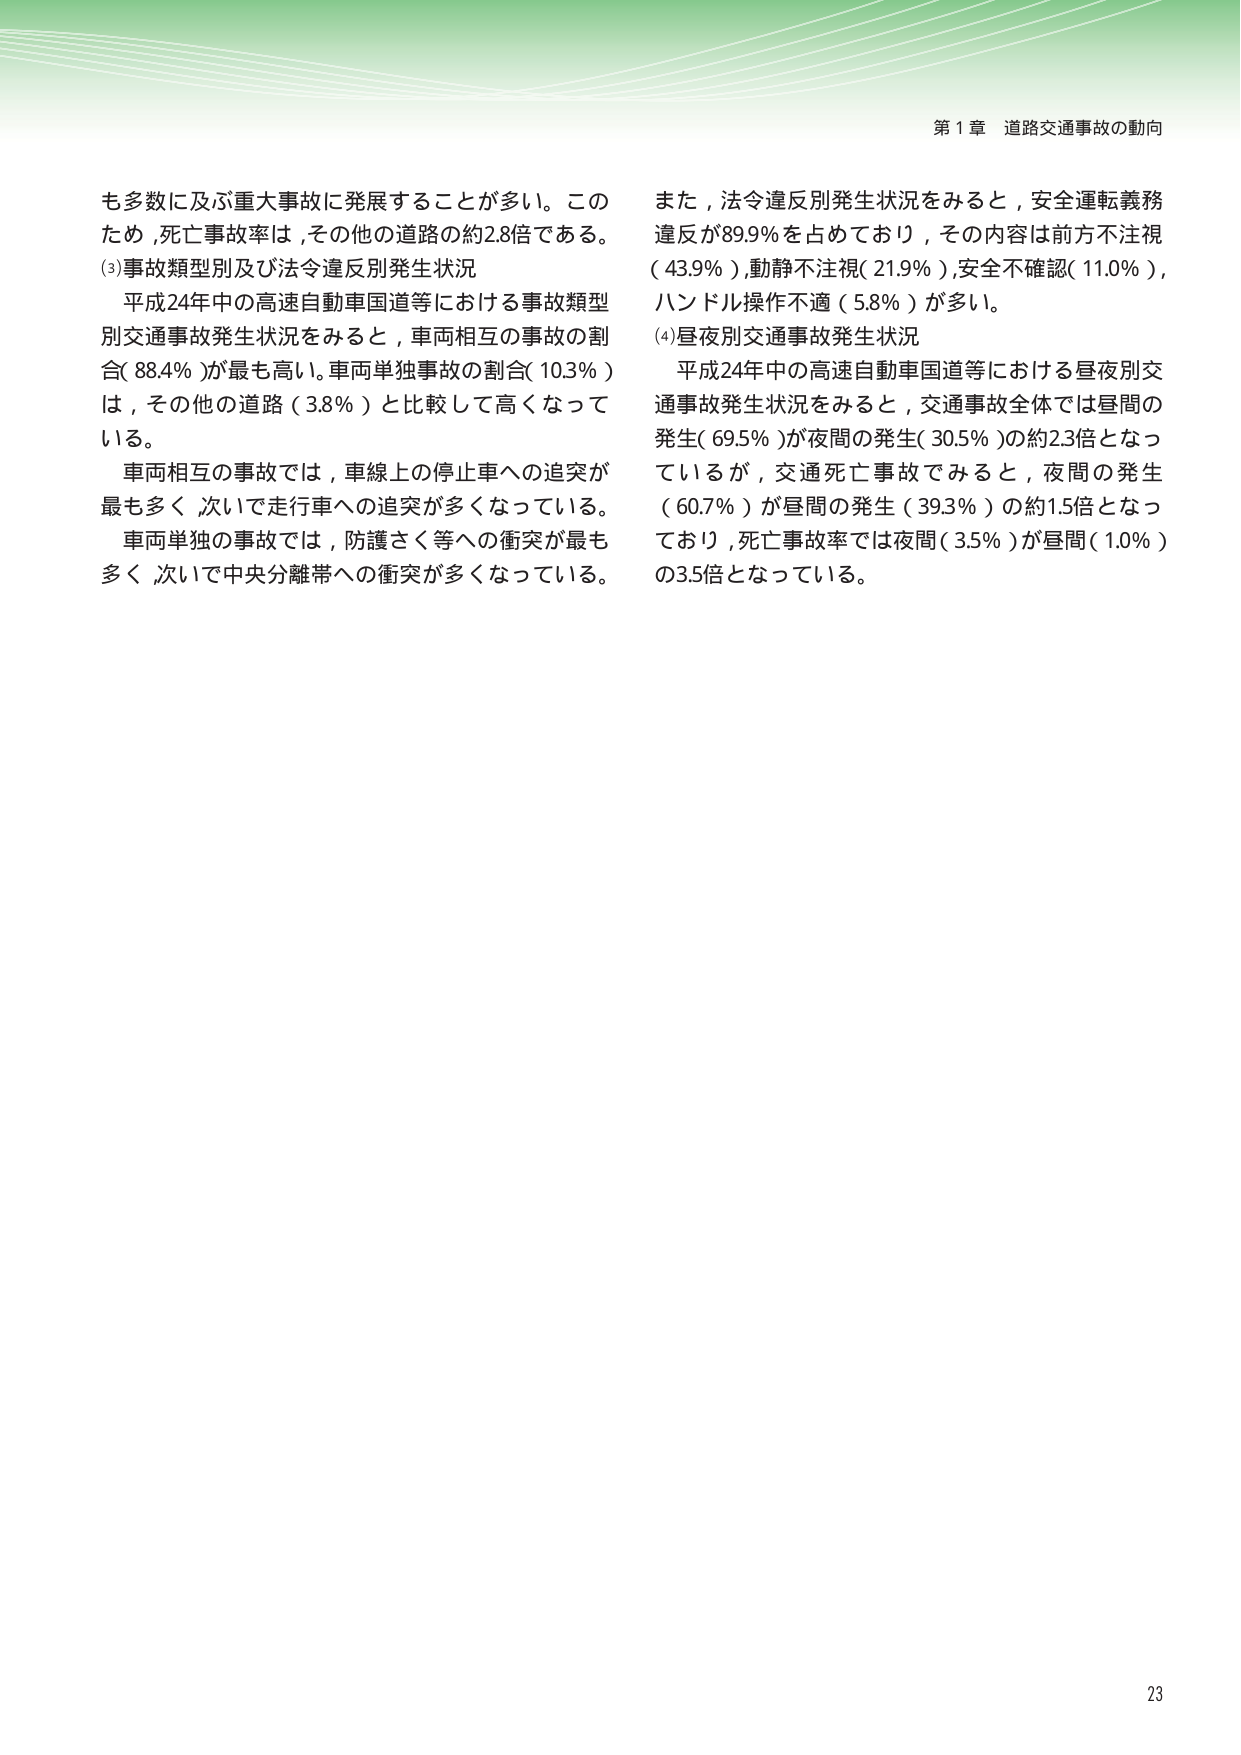
第１章 道路交通事故の動向

も多数に及ぶ重大事故に発展することが多い。このため，死亡事故率は，その他の道路の約2.8倍である。

(3)事故類型別及び法令違反別発生状況
平成24年中の高速自動車国道等における事故類型別交通事故発生状況をみると，車両相互の事故の割合（88.4％）が最も高い。車両単独事故の割合（10.3％）は，その他の道路（3.8％）と比較して高くなっている。
車両相互の事故では，車線上の停止車への追突が最も多く，次いで走行車への追突が多くなっている。
車両単独の事故では，防護さく等への衝突が最も多く，次いで中央分離帯への衝突が多くなっている。

また，法令違反別発生状況をみると，安全運転義務違反が89.9％を占めており，その内容は前方不注視（43.9％），動静不注視（21.9％），安全不確認（11.0％），ハンドル操作不適（5.8％）が多い。

(4)昼夜別交通事故発生状況
平成24年中の高速自動車国道等における昼夜別交通事故発生状況をみると，交通事故全体では昼間の発生（69.5％）が夜間の発生（30.5％）の約2.3倍となっているが，交通死亡事故でみると，夜間の発生（60.7％）が昼間の発生（39.3％）の約1.5倍となっており，死亡事故率では夜間（3.5％）が昼間（1.0％）の3.5倍となっている。

23